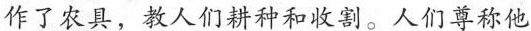
作了农具，教人们耕种和收割。人们尊称他